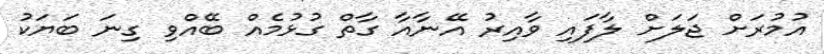
އުމުރަށް ޖަލަށް ލާފައި ވާއިރު އޭނާއާ ގާތް ގުޅުމެއް ބޭއްވި ގިނަ ބަޔަކު